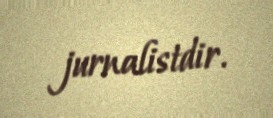
jurnalistdir.